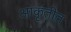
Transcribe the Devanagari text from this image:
आकृतीत